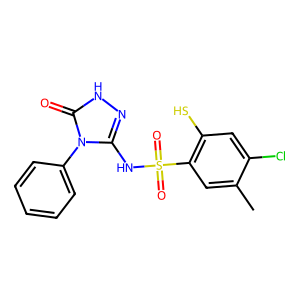
SMILES: Cc1cc(S(=O)(=O)Nc2n[nH]c(=O)n2-c2ccccc2)c(S)cc1Cl
Inhibits HIV replication: No